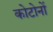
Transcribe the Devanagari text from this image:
कोटोनों